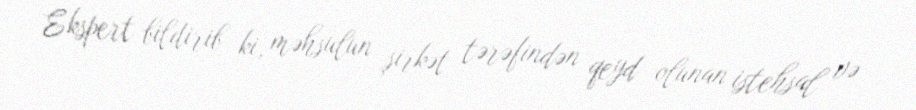
Ekspert bildirib ki, məhsulun şirkət tərəfindən qeyd olunan istehsal və